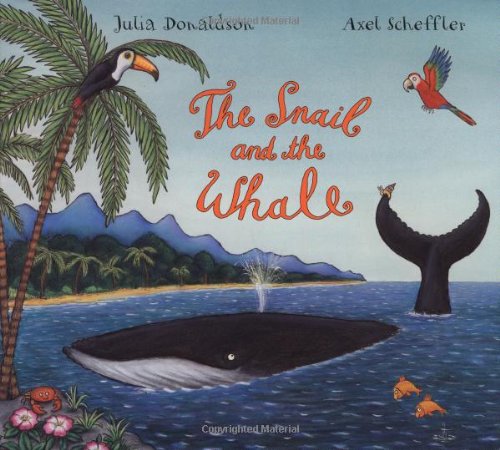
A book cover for The Snail and the Whale; Julia Donaldson; Children's Books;